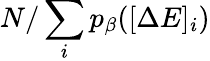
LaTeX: N/\sum_{i}p_{\beta}([\Delta E]_{i})